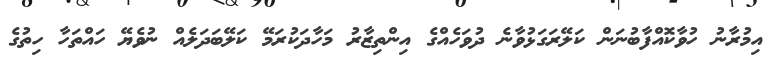
އިމުރާނު ހުވާކޮއްފާބުނަން ކަލޭރަގަޅުވާނެ ދުވަހެެއްގެ އިންތިޒާރު މަހާދަކުރަމޭ ކަލޭބަދަލެއް ނުވެޔޭ ހައްތަހާ ހިތުގެ